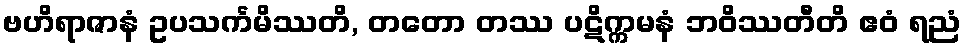
ဗဟိရာဇာနံ ဥပသင်္ကမိဿတိ, တတော တဿ ပဋိက္ကမနံ ဘဝိဿတီတိ ဧဝံ ရညံ